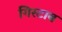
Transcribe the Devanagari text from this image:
गिरटाब